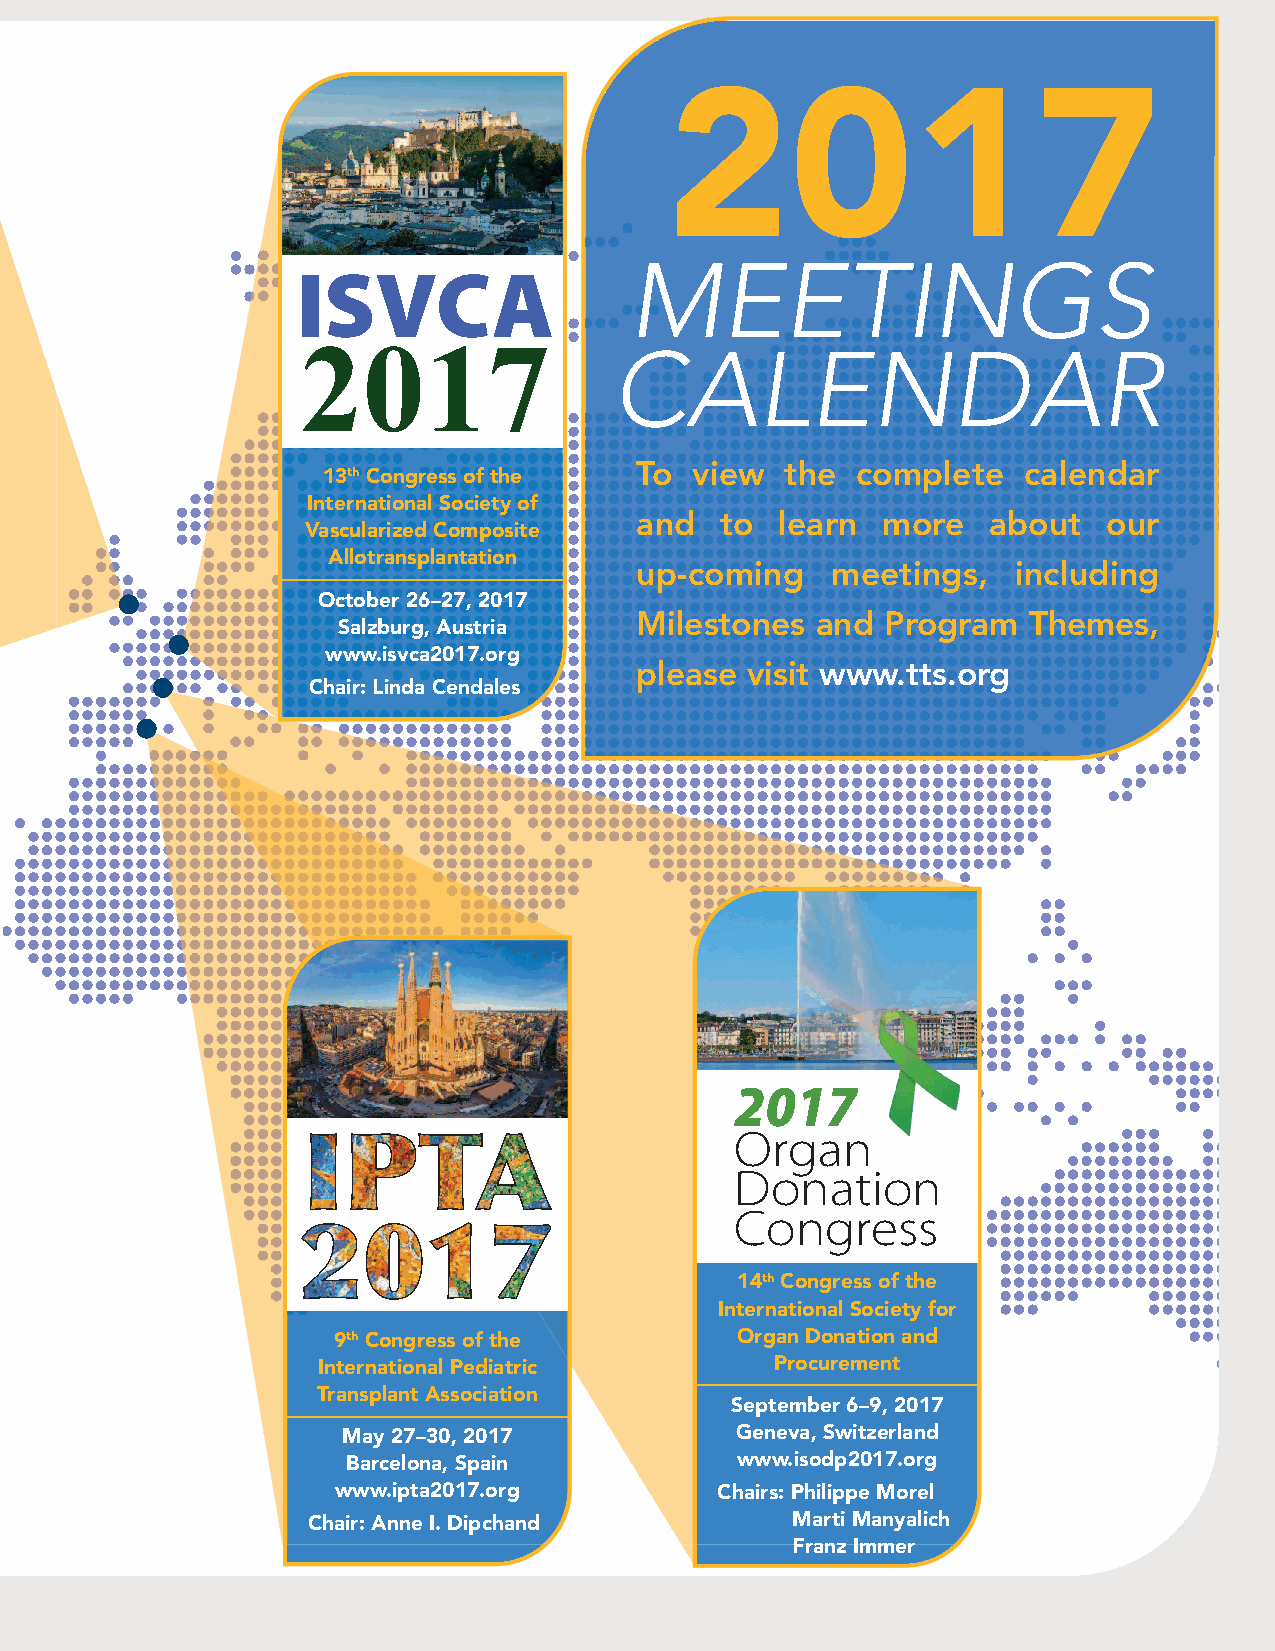
2017
 MEETINGS
 ISVCA
 2017
 CALENDAR
 To  view  the  complete   calendar
 13thCongress of the
 International Society of
 and   to  learn more   about   our
 Vascularized Composite
 Allotransplantation
 up-coming    meetings,   including
 October 26–27, 2017
 Milestones  and  Program  Themes,
 Salzburg, Austria
 www.isvca2017.org
 please visit www.tts.org
 Chair: Linda Cendales
 2017
 Organ
 Donation
 Congress
 14thCongress of the
 International Society for
 9thCongress of the         Organ Donation and
 International Pediatric       Procurement
 Transplant Association
 September 6–9, 2017
 May 27–30, 2017           Geneva, Switzerland
 Barcelona, Spain          www.isodp2017.org
 www.ipta2017.org         Chairs: Philippe Morel
 Chair: Anne I. Dipchand         Marti Manyalich
 Franz Immer